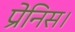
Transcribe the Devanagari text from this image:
प्रेनिस।